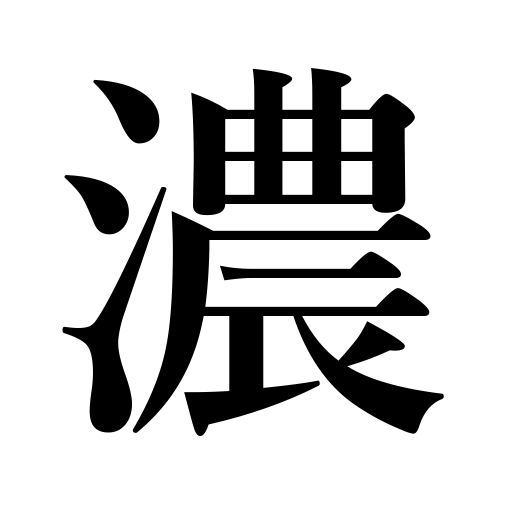
Meanings: dark,undiluted,strong drink,deep,intimate,thick,saturated